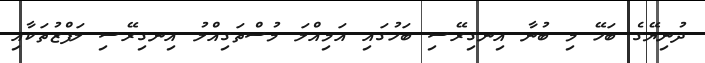
ދުނިޔޭގެ ބަހޭ މި ބުނާ އިނގިރޭސި ބަހުގައި އަމިއްލަ މުސްތަގިއްލު އިނގިރޭސި ލަފްޒުތަކާއި